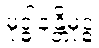
မုဒ္ဓါနန္တိမုဒ္ဓံ